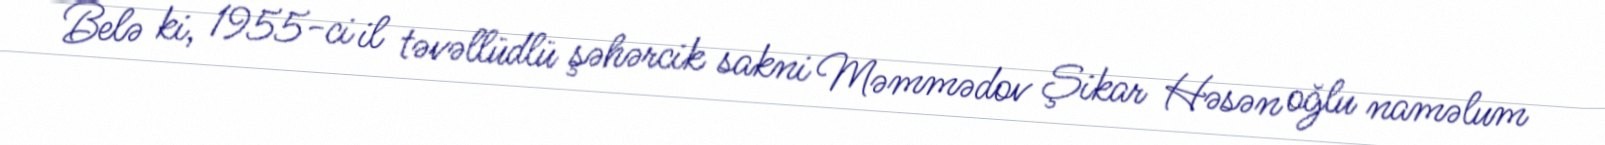
Belə ki, 1955-ci il təvəllüdlü şəhərcik sakni Məmmədov Şikar Həsən oğlu naməlum